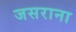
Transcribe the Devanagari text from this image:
जसराना